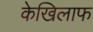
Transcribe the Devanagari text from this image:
केखिलाफ